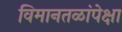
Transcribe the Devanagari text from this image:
विमानतळांपेक्षा